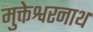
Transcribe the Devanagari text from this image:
मुक्तेश्वरनाथ